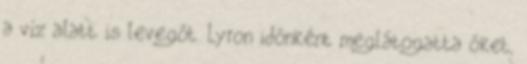
a víz alatt is levegőt. Lyron időnként meglátogatta őket,